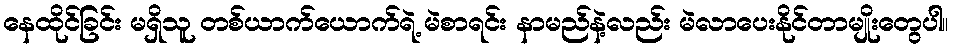
နေထိုင်ခြင်း မရှိသူ တစ်ယာက်ယောက်ရဲ့ မဲစာရင်း နာမည်နဲ့လည်း မဲလာပေးနိုင်တာမျိုးတွေပါ။